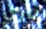
ناري